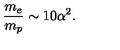
{ \frac { m _ { e } } { m _ { p } } } \sim 1 0 \alpha ^ { 2 } .